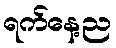
ရက်နေ့ည